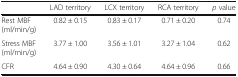
|  | LAD territory | LCX territory | RCA territory | p value |
 | --- | --- | --- | --- | --- |
 | Rest MBF (ml/min/g) | 0.82 ± 0.15 | 0.83 ± 0.17 | 0.71 ± 0.20 | 0.74 |
 | Stress MBF (ml/min/g) | 3.77 ± 1.00 | 3.56 ± 1.01 | 3.27 ± 1.04 | 0.62 |
 | CFR | 4.64 ± 0.90 | 4.30 ± 0.64 | 4.64 ± 0.96 | 0.66 |